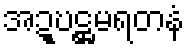
အဍ္ဎဋ္ဌမရတနံ